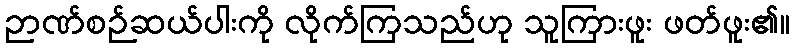
ဉာဏ်စဉ်ဆယ်ပါးကို လိုက်ကြသည်ဟု သူကြားဖူး ဖတ်ဖူး၏။